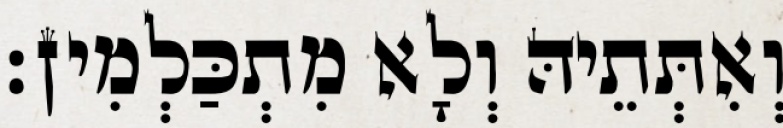
וְאִתְּתֵיהּ וְלָא מִתְכַּלְמִין׃